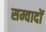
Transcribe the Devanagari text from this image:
सम्वादों